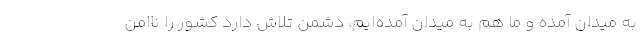
به میدان آمده و ما هم به میدان آمده‌ایم، دشمن تلاش دارد کشور را ناامن